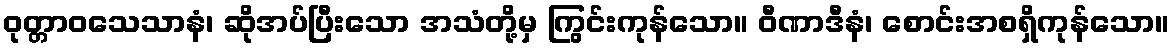
ဝုတ္တာဝသေသာနံ၊ ဆိုအပ်ပြီးသော အသံတို့မှ ကြွင်းကုန်သော။ ဝီဏာဒီနံ၊ စောင်းအစရှိကုန်သော။